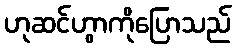
ဟုဆင်ဟွာကိုပြောသည်